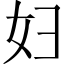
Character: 妇